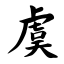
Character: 虞